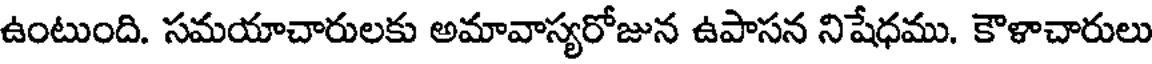
ఉంటుంది. సమయాచారులకు అమావాస్యరోజున ఉపాసన నిషేధము. కౌళాచారులు